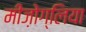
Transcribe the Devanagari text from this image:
मीज़ोग्लिया